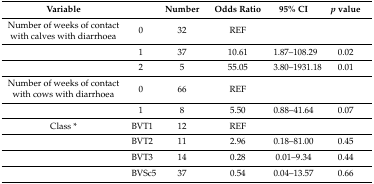
| Variable |  | Number | Odds Ratio | 95% CI | p value |
 | --- | --- | --- | --- | --- | --- |
 | Number of weeks of contact with calves with diarrhoea | 0 | 32 | REF |  |  |
 |  | 1 | 37 | 10.61 | 1.87–108.29 | 0.02 |
 |  | 2 | 5 | 55.05 | 3.80–1931.18 | 0.01 |
 | Number of weeks of contact with cows with diarrhoea | 0 | 66 | REF |  |  |
 |  | 1 | 8 | 5.50 | 0.88–41.64 | 0.07 |
 | Class * | BVT1 | 12 | REF |  |  |
 |  | BVT2 | 11 | 2.96 | 0.18–81.00 | 0.45 |
 |  | BVT3 | 14 | 0.28 | 0.01–9.34 | 0.44 |
 |  | BVSc5 | 37 | 0.54 | 0.04–13.57 | 0.66 |